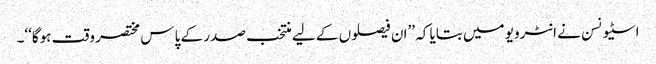
اسٹیونسن نے انٹرویو میں بتایا کہ ’’ان فیصلوں کے لیے منتخب صدر کے پاس مختصر وقت ہوگا‘‘۔